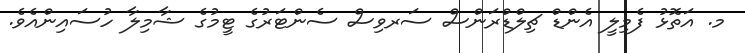
މ. އަތޮޅު ފެމިލީ އެންޑް ޗިލްޑްރަންސް ސަރވިސް ސެންޓަރުގެ ޓީމުގެ ޝާމިލާ ހުސައިންއެވެ.